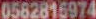
0582816974